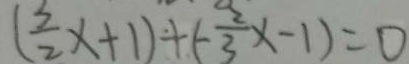
( \frac { 3 } { 2 } x + 1 ) + ( - \frac { 2 } { 3 } x - 1 ) = 0